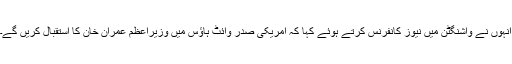
انہوں نے واشنگٹن میں نیوز کانفرنس کرتے ہوئے کہا کہ امریکی صدر وائٹ ہاؤس میں وزیراعظم عمران خان کا استقبال کریں گے۔